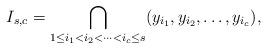
LaTeX: \begin{align*}I_{s, c} = \bigcap_{1 \le i_1 < i_2 < \cdots < i_c \le s} (y_{i_1}, y_{i_2},\ldots,y_{i_c}), \end{align*}